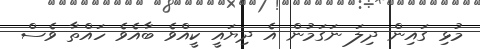
މުޅި ގައިން ދިލަ ނަގަމުން އެ ދިޔައީ ކީއްވެ ބާއެވެ ހައްތާ ވެސް